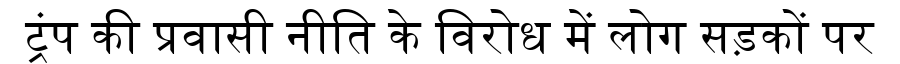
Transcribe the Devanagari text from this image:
ट्रंप की प्रवासी नीति के विरोध में लोग सड़कों पर